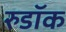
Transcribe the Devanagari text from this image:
रुडॉक